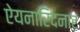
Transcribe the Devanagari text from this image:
ऐयनारिदनार